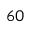
6 0